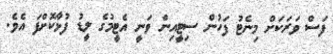
ފަސް ވަރަކަށް މިނެޓު ފަހުން ސިޓީއިން ވަނީ އެޓީމުގެ ލީޑު ފުޅާކޮށްފަ އެވެ.